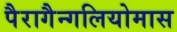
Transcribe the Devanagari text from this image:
पैरागैन्गलियोमास